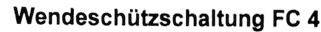
Text: Wendeschützschaltung FC 4